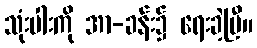
သုံးပါးကို အာ-ခန်း၌ ရေးခဲ့ပြီ။